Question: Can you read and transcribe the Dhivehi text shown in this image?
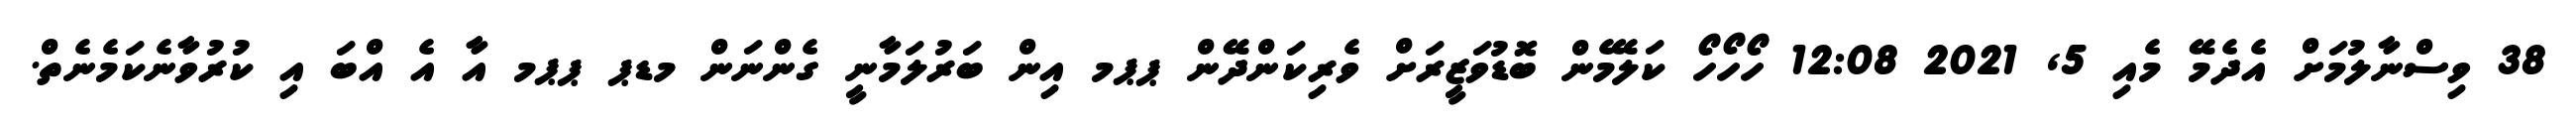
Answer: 38 ވިސްނާލުމަށް އެދެމޭ މެއި 5, 2021 12:08 ހޯހޯހޯ ކަލޭމެން ބޮޑުވަޒީރަށް ވެރިކަންދޭން ޕޕމ އިން ބަރުލަމާނީ ގެންނަން މޑޕ ޕޕމ އާ އެ އްބަ އި ކުރުވާނެކަމެނެތް.